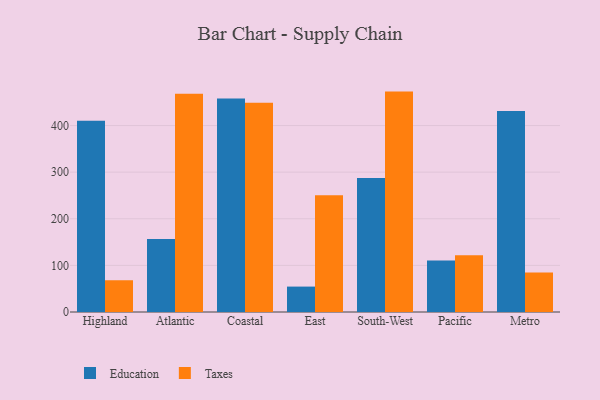
{"axis": {"x": "Region", "y": "Humidity (%)"}, "legend": ["Education", "Taxes"], "data": [{"x": "Highland", "y": 410.0, "type": "Education"}, {"x": "Highland", "y": 68.1, "type": "Taxes"}, {"x": "Atlantic", "y": 156.6, "type": "Education"}, {"x": "Atlantic", "y": 468.2, "type": "Taxes"}, {"x": "Coastal", "y": 458.2, "type": "Education"}, {"x": "Coastal", "y": 448.7, "type": "Taxes"}, {"x": "East", "y": 54.5, "type": "Education"}, {"x": "East", "y": 250.3, "type": "Taxes"}, {"x": "South-West", "y": 287.4, "type": "Education"}, {"x": "South-West", "y": 472.8, "type": "Taxes"}, {"x": "Pacific", "y": 110.6, "type": "Education"}, {"x": "Pacific", "y": 122.0, "type": "Taxes"}, {"x": "Metro", "y": 431.4, "type": "Education"}, {"x": "Metro", "y": 84.7, "type": "Taxes"}]}